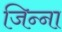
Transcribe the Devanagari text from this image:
जिन्‍ना